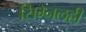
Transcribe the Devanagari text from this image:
सिग्नलही